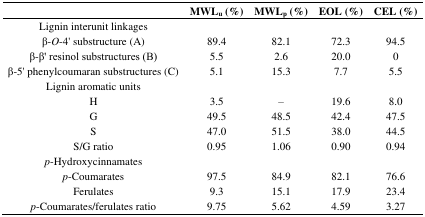
<table><thead><tr><td></td><td><b>MWL<sub>u</sub> (%)</b></td><td><b>MWL<sub>p</sub> (%)</b></td><td><b>EOL (%)</b></td><td><b>CEL (%)</b></td></tr></thead><tbody><tr><td>Lignin interunit linkages</td><td></td><td></td><td></td><td></td></tr><tr><td>β-<i>O</i>-4′ substructure (A)</td><td>89.4</td><td>82.1</td><td>72.3</td><td>94.5</td></tr><tr><td>β-β′ resinol substructures (B)</td><td>5.5</td><td>2.6</td><td>20.0</td><td>0</td></tr><tr><td>β-5′ phenylcoumaran substructures (C)</td><td>5.1</td><td>15.3</td><td>7.7</td><td>5.5</td></tr><tr><td>Lignin aromatic units</td><td></td><td></td><td></td><td></td></tr><tr><td>H</td><td>3.5</td><td>–</td><td>19.6</td><td>8.0</td></tr><tr><td>G</td><td>49.5</td><td>48.5</td><td>42.4</td><td>47.5</td></tr><tr><td>S</td><td>47.0</td><td>51.5</td><td>38.0</td><td>44.5</td></tr><tr><td>S/G ratio</td><td>0.95</td><td>1.06</td><td>0.90</td><td>0.94</td></tr><tr><td><i>p</i>-Hydroxycinnamates</td><td></td><td></td><td></td><td></td></tr><tr><td><i>p</i>-Coumarates</td><td>97.5</td><td>84.9</td><td>82.1</td><td>76.6</td></tr><tr><td>Ferulates</td><td>9.3</td><td>15.1</td><td>17.9</td><td>23.4</td></tr><tr><td><i>p</i>-Coumarates/ferulates ratio</td><td>9.75</td><td>5.62</td><td>4.59</td><td>3.27</td></tr></tbody></table>